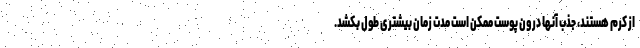
از کرم هستند، جذب آنها درون پوست ممکن است مدت زمان بیشتری طول بکشد.